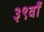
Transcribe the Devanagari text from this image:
३९वाँ